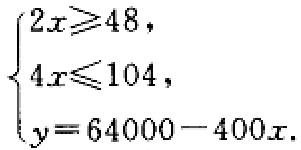
\(\begin{cases}
2x\geqslant48, \\
4x\leqslant104, \\
y = 64000 - 400x.
\end{cases}\)